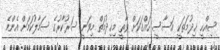
ސިއްހީ ޚިދުމަތަކީ އަސާސީ ހައްގަކަށް ވާތީ މިޚިދުމަތް މިވަނީ ސަރުކާރުގެ ސަމާލުކަމަށް އެންމެ